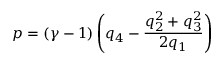
p = \left( \gamma - 1 \right) \left( q _ { 4 } - \frac { q _ { 2 } ^ { 2 } + q _ { 3 } ^ { 2 } } { 2 q _ { 1 } } \right)